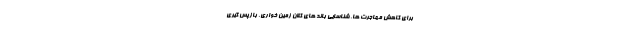
برای کاهش مهاجرت ها، شناسایی باند های کلان زمین خواری، بازپس گیری